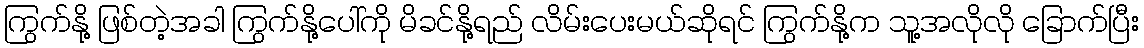
ကြွက်နို့ ဖြစ်တဲ့အခါ ကြွက်နို့ပေါ်ကို မိခင်နို့ရည် လိမ်းပေးမယ်ဆိုရင် ကြွက်နို့က သူ့အလိုလို ခြောက်ပြီး